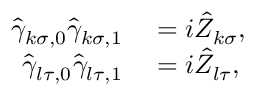
\begin{array} { r l } { \hat { \gamma } _ { k \sigma , 0 } \hat { \gamma } _ { k \sigma , 1 } } & { { } = i \hat { Z } _ { k \sigma } , } \\ { \hat { \gamma } _ { l \tau , 0 } \hat { \gamma } _ { l \tau , 1 } } & { { } = i \hat { Z } _ { l \tau } , } \end{array}